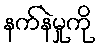
နက်နဲမှုကို